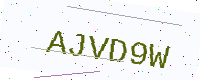
Text: AJVD9W